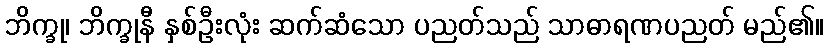
ဘိက္ခု၊ ဘိက္ခုနီ နှစ်ဦးလုံး ဆက်ဆံသော ပညတ်သည် သာဓာရဏပညတ် မည်၏။